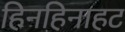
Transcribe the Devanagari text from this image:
हिनहिनाहट